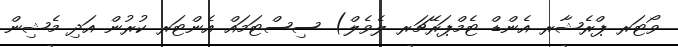
ވޯޓަރ ޕްރެޝާރ އެންޑް ޓެމްޕަރޭޗަރ ލެވެލް) ސިސްޓަމައް އެންޓަރ ކުރުން އަދި މެޝިން